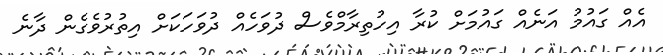
އެއް ގައުމު އަނެއް ގައުމަށް ކުރާ އިހުތިރާމްވެސް ދުވަހެއް ދުވަހަކަށް އިތުރުވެގެން ދާނެ